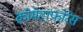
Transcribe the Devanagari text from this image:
क्रोमेटाफोरेस